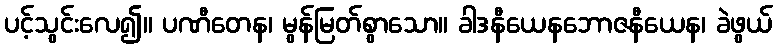
ပင့်သွင်းလေ၍။ ပဏီတေန၊ မွန်မြတ်စွာသော။ ခါဒနီယေနဘောဇနီယေန၊ ခဲဖွယ်